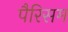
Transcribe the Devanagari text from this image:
पैरिसम